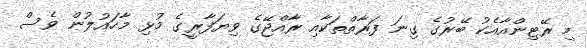
މި ރޭޓިންއާއެކު ބޭރުގެ ގިނަ ފަރާތްތަކާއި ރާއްޖޭގެ ވިޔަފާރީގެ މުޅި މާހައުލުން ވެސް